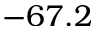
- 6 7 . 2